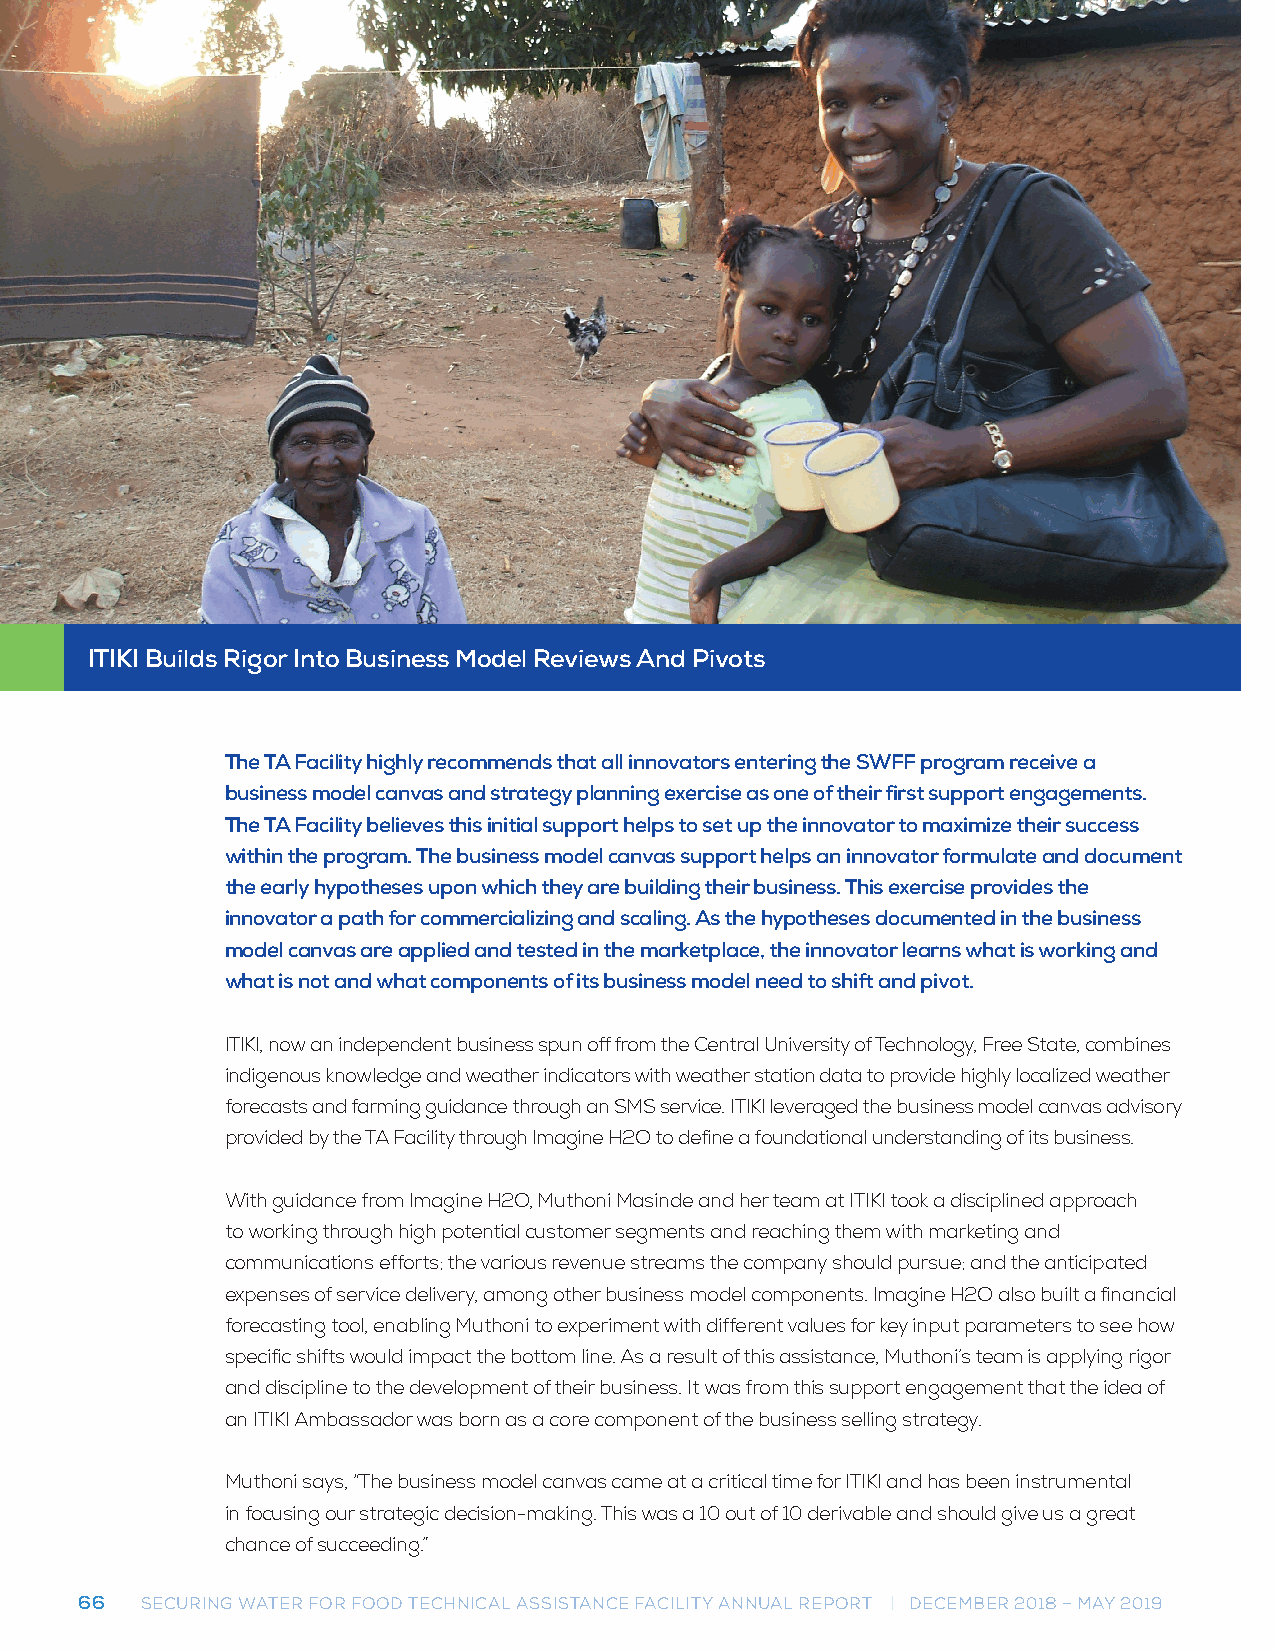
ITIKI Builds Rigor Into Business Model Reviews And Pivots
 The TA Facility highly recommends that all innovators entering the SWFF program receive a
 business model canvas and strategy planning exercise as one of their first support engagements.
 The TA Facility believes this initial support helps to set up the innovator to maximize their success
 within the program. The business model canvas support helps an innovator formulate and document
 the early hypotheses upon which they are building their business. This exercise provides the
 innovator a path for commercializing and scaling. As the hypotheses documented in the business
 model canvas are applied and tested in the marketplace, the innovator learns what is working and
 what is not and what components of its business model need to shift and pivot.
 ITIKI, now an independent business spun off from the Central University of Technology, Free State, combines
 indigenous knowledge and weather indicators with weather station data to provide highly localized weather
 forecasts and farming guidance through an SMS service. ITIKI leveraged the business model canvas advisory
 provided by the TA Facility through Imagine H2O to define a foundational understanding of its business.
 With guidance from Imagine H2O, Muthoni Masinde and her team at ITIKI took a disciplined approach
 to working through high potential customer segments and reaching them with marketing and
 communications efforts; the various revenue streams the company should pursue; and the anticipated
 expenses of service delivery, among other business model components. Imagine H2O also built a financial
 forecasting tool, enabling Muthoni to experiment with different values for key input parameters to see how
 specific shifts would impact the bottom line. As a result of this assistance, Muthoni’s team is applying rigor
 and discipline to the development of their business. It was from this support engagement that the idea of
 an ITIKI Ambassador was born as a core component of the business selling strategy.
 Muthoni says, “The business model canvas came at a critical time for ITIKI and has been instrumental
 in focusing our strategic decision-making. This was a 10 out of 10 derivable and should give us a great
 chance of succeeding.”
 66  SECURING WATER FOR FOOD TECHNICAL ASSISTANCE FACILITY ANNUAL REPORT | DECEMBER 2018 – MAY 2019